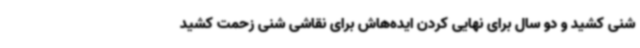
شنی کشید و دو سال برای نهایی کردن ایده‌هاش برای نقاشی شنی زحمت کشید